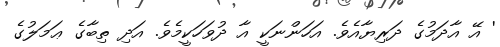
' އޭ އާދަމުގެ ދަރިޔާއެވެ. އަހަންނަކީ އާ ދުވަހަކީމެވެ. އަދި ތިބާގެ ޢަމަލުގެ